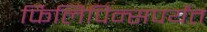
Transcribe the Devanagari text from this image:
फिलिपिन्सपर्यंत